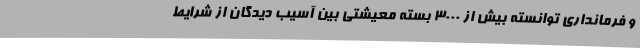
و فرمانداری توانسته بیش از 3000 بسته معیشتی بین آسیب دیدگان از شرایط